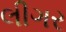
લીગર